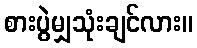
စားပွဲမျှသုံးချင်လား။